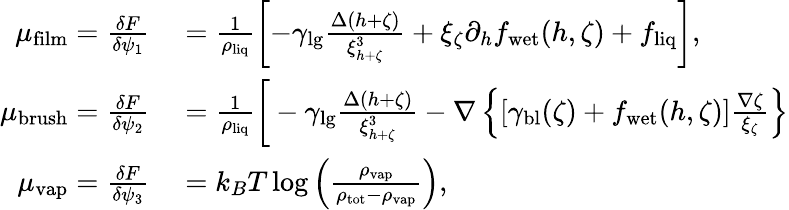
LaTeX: \begin{array}{rl}{\mu_{\mathrm{film}}=\frac{\delta F}{\delta\psi_{1}}}&{{}=\frac{1}{\rho_{\mathrm{liq}}}\left[-\gamma_{\mathrm{lg}}\frac{\Delta(h+\zeta)}{\xi_{h+\zeta}^{3}}+\xi_{\zeta}\partial_{h}f_{\mathrm{wet}}(h,\zeta)+f_{\mathrm{liq}}\right],}\\ {\mu_{\mathrm{brush}}=\frac{\delta F}{\delta\psi_{2}}}&{{}=\frac{1}{\rho_{\mathrm{liq}}}\bigg[-\gamma_{\mathrm{lg}}\frac{\Delta(h+\zeta)}{\xi_{h+\zeta}^{3}}-\nabla\left\{ \left[\gamma_{\mathrm{bl}}(\zeta)+f_{\mathrm{wet}}(h,\zeta)\right]\frac{\nabla\zeta}{\xi_{\zeta}}\right\} }\\ {\mu_{\mathrm{vap}}=\frac{\delta F}{\delta\psi_{3}}}&{{}=k_{B}T\log\left(\frac{\rho_{\mathrm{vap}}}{\rho_{\mathrm{tot}}-\rho_{\mathrm{vap}}}\right),}\end{array}